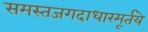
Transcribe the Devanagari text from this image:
समस्तजगदाधारमूर्तये